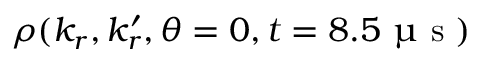
\rho ( k _ { r } , k _ { r } ^ { \prime } , \theta = 0 , t = 8 . 5 \ \upmu \mathrm { ~ s ~ } )